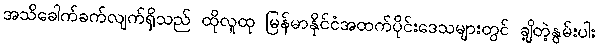
အသိခေါက်ခက်လျက်ရှိသည် ထိုလူထု မြန်မာနိုင်ငံအထက်ပိုင်းဒေသများတွင် ချို့တဲ့နွမ်းပါး